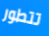
تتطور